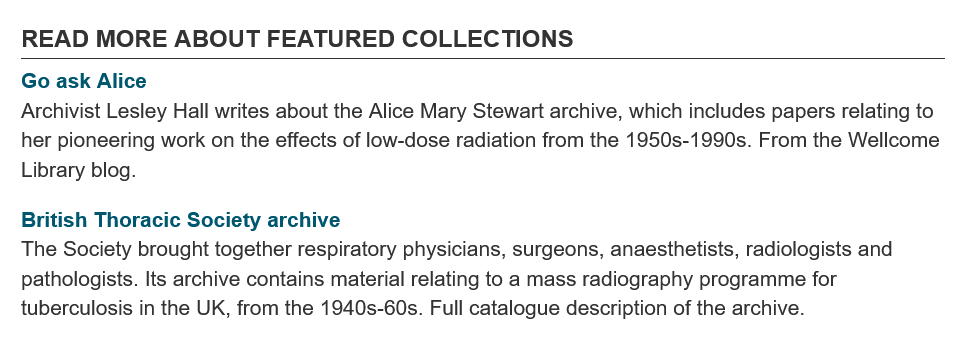
READ   MORE   ABOUT    FEATURED    COLLECTIONS
   Go ask Alice
   British Thoracic Society archive
  Archivist Lesley Hall writes about the Alice Mary Stewart archive, which includes papers relating to
   her pioneering work on the effects of low-dose radiation from the 1950s-1990s. From the Wellcome
   Library blog.
  The  Society brought together respiratory physicians, surgeons, anaesthetists, radiologists and
   pathologists. Its archive contains material relating to a mass radiography programme for
  tuberculosis in the UK, from the 1940s-60s. Full catalogue description of the archive.